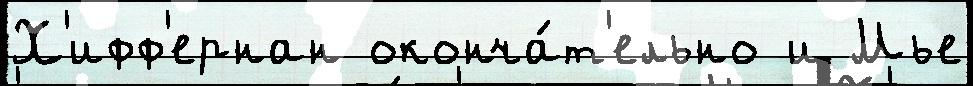
Х'ифф'ернан оконча́т'ельно и Мье